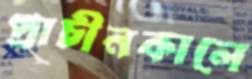
প্রাচীনকালে